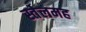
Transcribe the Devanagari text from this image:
स्तेलमह